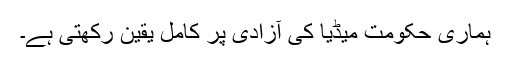
ہماری حکومت میڈیا کی آزادی پر کامل یقین رکھتی ہے۔